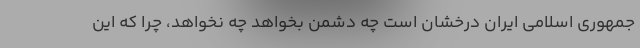
جمهوری اسلامی ایران درخشان است چه دشمن بخواهد چه نخواهد، چرا که این